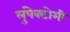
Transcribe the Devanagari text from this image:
लुंपेक्टोमी